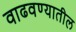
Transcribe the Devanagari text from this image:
वाढवण्यातील